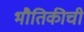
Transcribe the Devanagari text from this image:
भौतिकीची